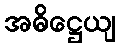
အဓိဋ္ဌေယျ